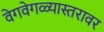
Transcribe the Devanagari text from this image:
वेगवेगळ्यास्तरावर